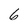
Character: 6